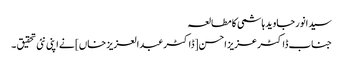
سیدانورجاوید ہاشمی کا مطالعہ
جناب ڈاکٹر عزیز احسن [ڈاکٹرعبدالعزیز خاں] نے اپنی نئی تحقیق ۔